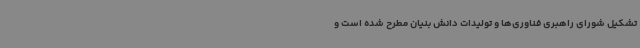
تشکیل شورای راهبری فناوری‌ها و تولیدات دانش بنیان مطرح شده است و